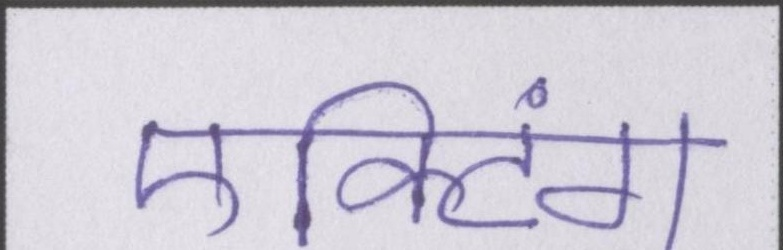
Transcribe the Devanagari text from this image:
एक्टिंग